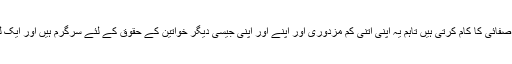
ایسی ہی بلغاریہ کی ایک خاتون Konstantina Kunevaیونان میں صفائی کا کام کرتی ہیں تاہم یہ اپنی اتنی کم مزدوری اور اپنے اور اپنی جیسی دیگر خواتین کے حقوق کے لئے سرگرم ہیں اور ایک لیبر یونین کے ساتھ منسلک ہوکر اپنے حق کے لئے آواز بلند کرتی ہیں۔